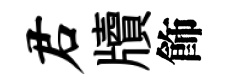
君牘飾